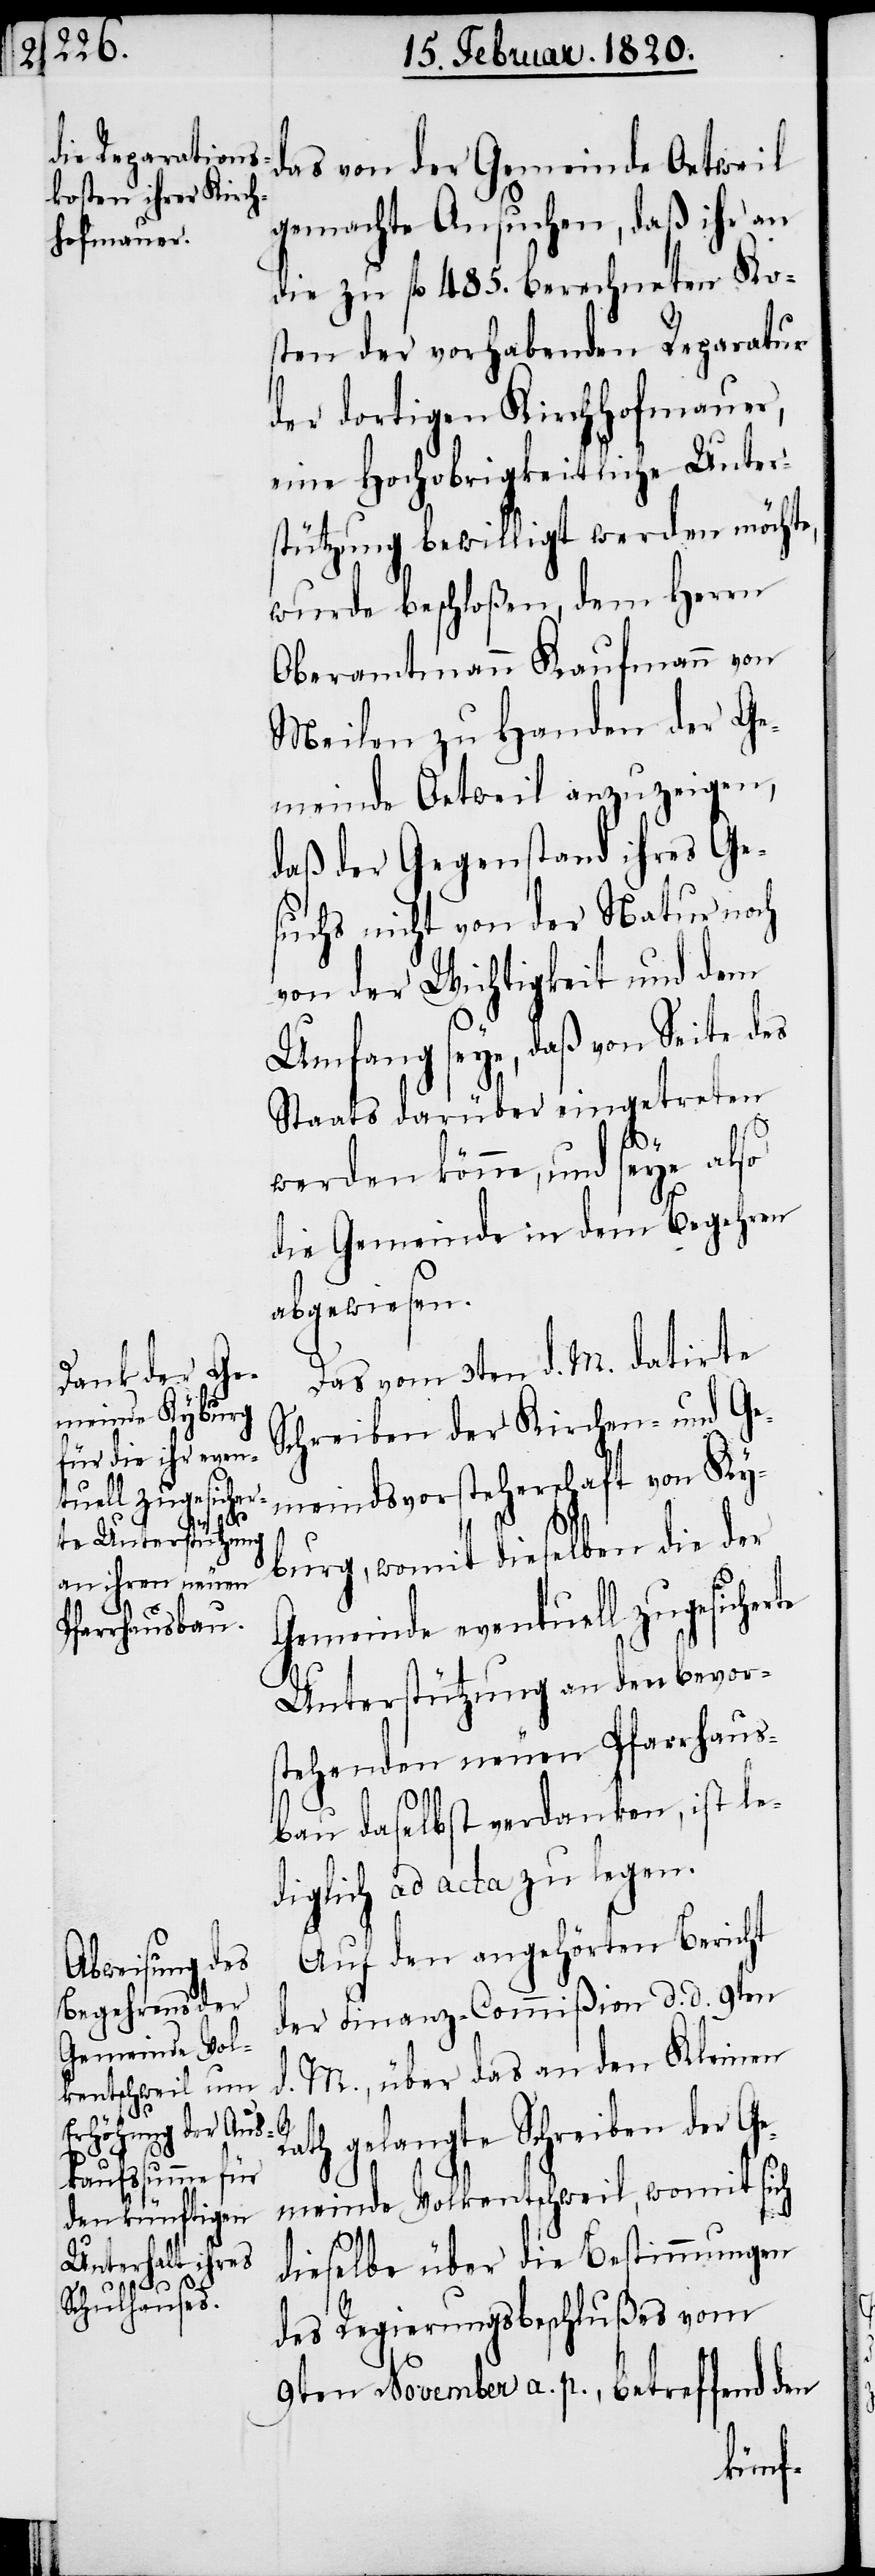
das von der Gemeinde Oetweil
gemachte Ansuchen, daß ihr an
die zu fl 485. berechneten Ko¬
sten der vorhabenden Reparatur
der dortigen Kirchhofmauer,
eine Hochobrigkeitliche Unter¬
stützung bewilligt werden möchte,
wurde beschloßen, dem Herrn
Oberamtmann Kaufmann von
Meilen zu Handen der Ge¬
meinde Oetweil anzuzeigen,
daß der Gegenstand ihres Ge¬
suchs nicht von der Natur noch
von der Wichtigkeit und dem
Umfang seye, daß von Seite des
Staats darüber eingetreten
werden könne, und seye also
die Gemeinde in dem Begehren
abgewiesen.
Das vom 3ten d. M. datirte
Schreiben der Kirchen- und Ge¬
meindsvorsteherschaft von Ky¬
burg, womit dieselben die der
Gemeinde eventuell zugesicher¬
Unterstützung an den bevor¬
stehenden neuen Pfarrhaus¬
bau daselbst verdanken, ist le¬
diglich ad acta zu legen.
Auf den angehörten Bericht
der Finanz-Commißion d. d. 9ten
d. M., über das an den Kleinen
R¬
ath gelangte Schreiben der Ge¬
meinde Vokentschweil, womit sich
dieselbe über die Bestimmungen
des Regierungsbeschlußes vom
9ten November a. p., betreffend den